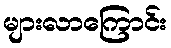
များလာကြောင်း